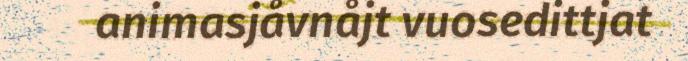
animasjåvnåjt vuosedittjat